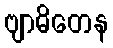
ဗျာဓိတေန